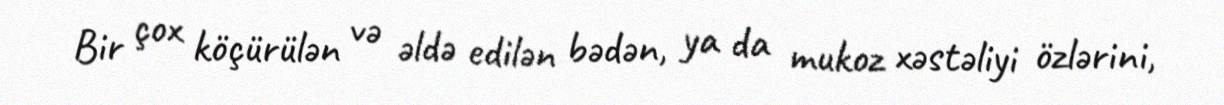
Bir çox köçürülən və əldə edilən bədən, ya da mukoz xəstəliyi özlərini,